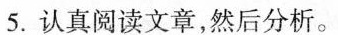
5.认真阅读文章，然后分析。